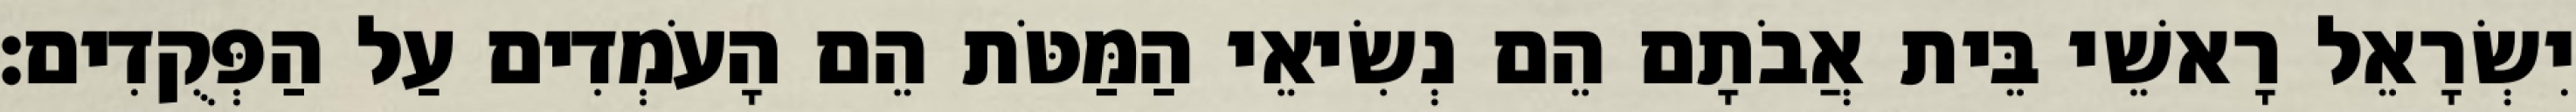
יִשְׂרָאֵל רָאשֵׁי בֵּית אֲבֹתָם הֵם נְשִׂיאֵי הַמַּטֹּת הֵם הָעֹמְדִים עַל הַפְּקֻדִים׃